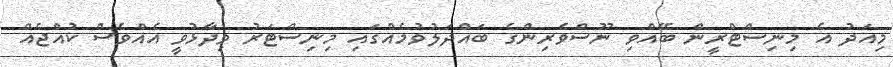
މިއަދު އެ މިނިސްޓްރީން ބޭއްވި ނޫސްވެރިންގެ ބައްދަލުވުމެއްގައި މިނިސްޓަރު ވިދާޅުވީ އެއްވެސް ކުއްޖެއް